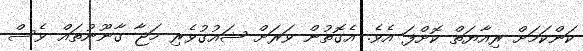
ކަންކަމަށް ރިއާޔަތް ކޮށްފަ އެވެ. އެގޮތުން ވަރަށް ޝައުގުވެރި މަޖާ ގާނޫނުތައް ވެސް